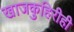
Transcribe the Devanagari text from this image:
खाजकुहिरीही